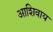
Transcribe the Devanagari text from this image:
आशिवाय